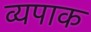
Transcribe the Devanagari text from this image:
व्यपाक